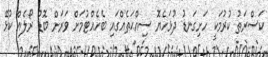
ކަސްރަތު ކުރުމަކީ ހަށިގަނޑު ދުޅަހެޔޮ ސިއްޙަތެއްގައި ބެހެއްޓުމަށް ވަރަށް ބޮޑު ރޯލެއް ކުޅޭ